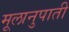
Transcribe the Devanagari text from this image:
मूलानुपाती